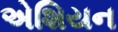
એશિયન